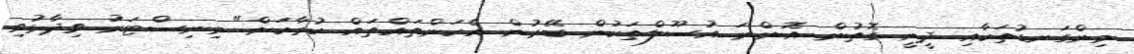
މިންގަނޑުތަކާއި ދީނީ ގޮތުން އޮންނަ އުސޫލްތަކުން ބޭރުން އެކަންތައްތައް ކުރާކަށް" މިނިސްޓަރު ވިދާޅުވި